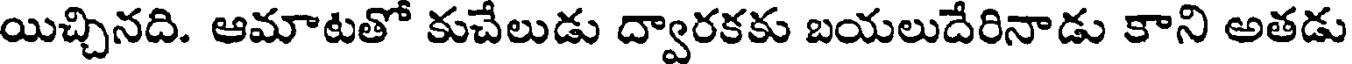
యిచ్చినది. ఆమాటతో కుచేలుడు ద్వారకకు బయలుదేరినాడు కాని అతడు